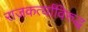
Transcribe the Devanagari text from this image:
राजकर्त्यांविरुद्ध